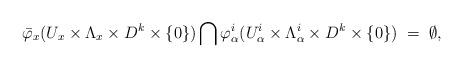
LaTeX: \begin{align*}\bar{\varphi}_{x}(U_{x}\times\Lambda_{x}\times D^{k}\times\{0\})\bigcap\varphi^{i}_{\alpha}(U^{i}_{\alpha}\times\Lambda^{i}_{\alpha}\times D^{k}\times\{0\}) \; = \; \emptyset, \end{align*}